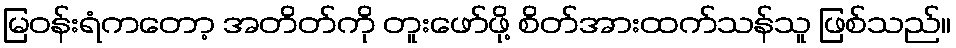
မြဝန်းရံကတော့ အတိတ်ကို တူးဖော်ဖို့ စိတ်အားထက်သန်သူ ဖြစ်သည်။